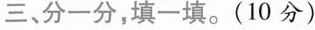
三、分一分，填一填。(10分)